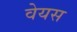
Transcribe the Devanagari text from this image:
वेयस